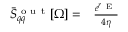
\begin{array} { r l } { \Bar { S } _ { q q } ^ { \mathrm { ~ o ~ u ~ t ~ } } [ \Omega ] = } & { { } \frac { e ^ { r _ { \mathrm { ~ E ~ } } } } { 4 \eta } } \end{array}